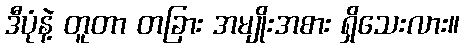
ဒီပုံနဲ့ တူတာ တခြား အမျိုးအစား ရှိသေးလား။